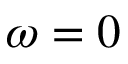
\omega = 0